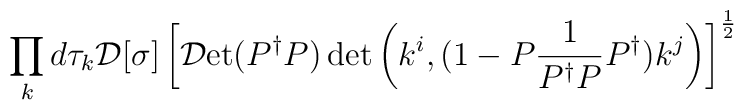
\displaystyle\prod_{k} d\tau_{k} {\cal D}[\sigma] \left[  {\cal D}\mbox{et} (  P^{\dag} P )   \det \left(  k^{i}, ( 1 - P  \frac{1}{P^{\dag} P} P^{\dag})  k^{j} \right) \right]^{\frac{1}{2}}